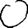
Digit: 0